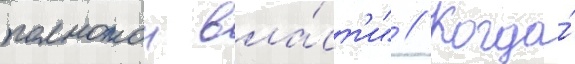
полнотои вла́ст'и" // Когда́